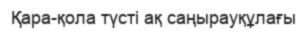
Қара-қола түсті ақ саңырауқұлағы